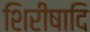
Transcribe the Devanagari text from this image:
शिरीषादि